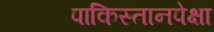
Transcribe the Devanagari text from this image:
पाकिस्तानपेक्षा